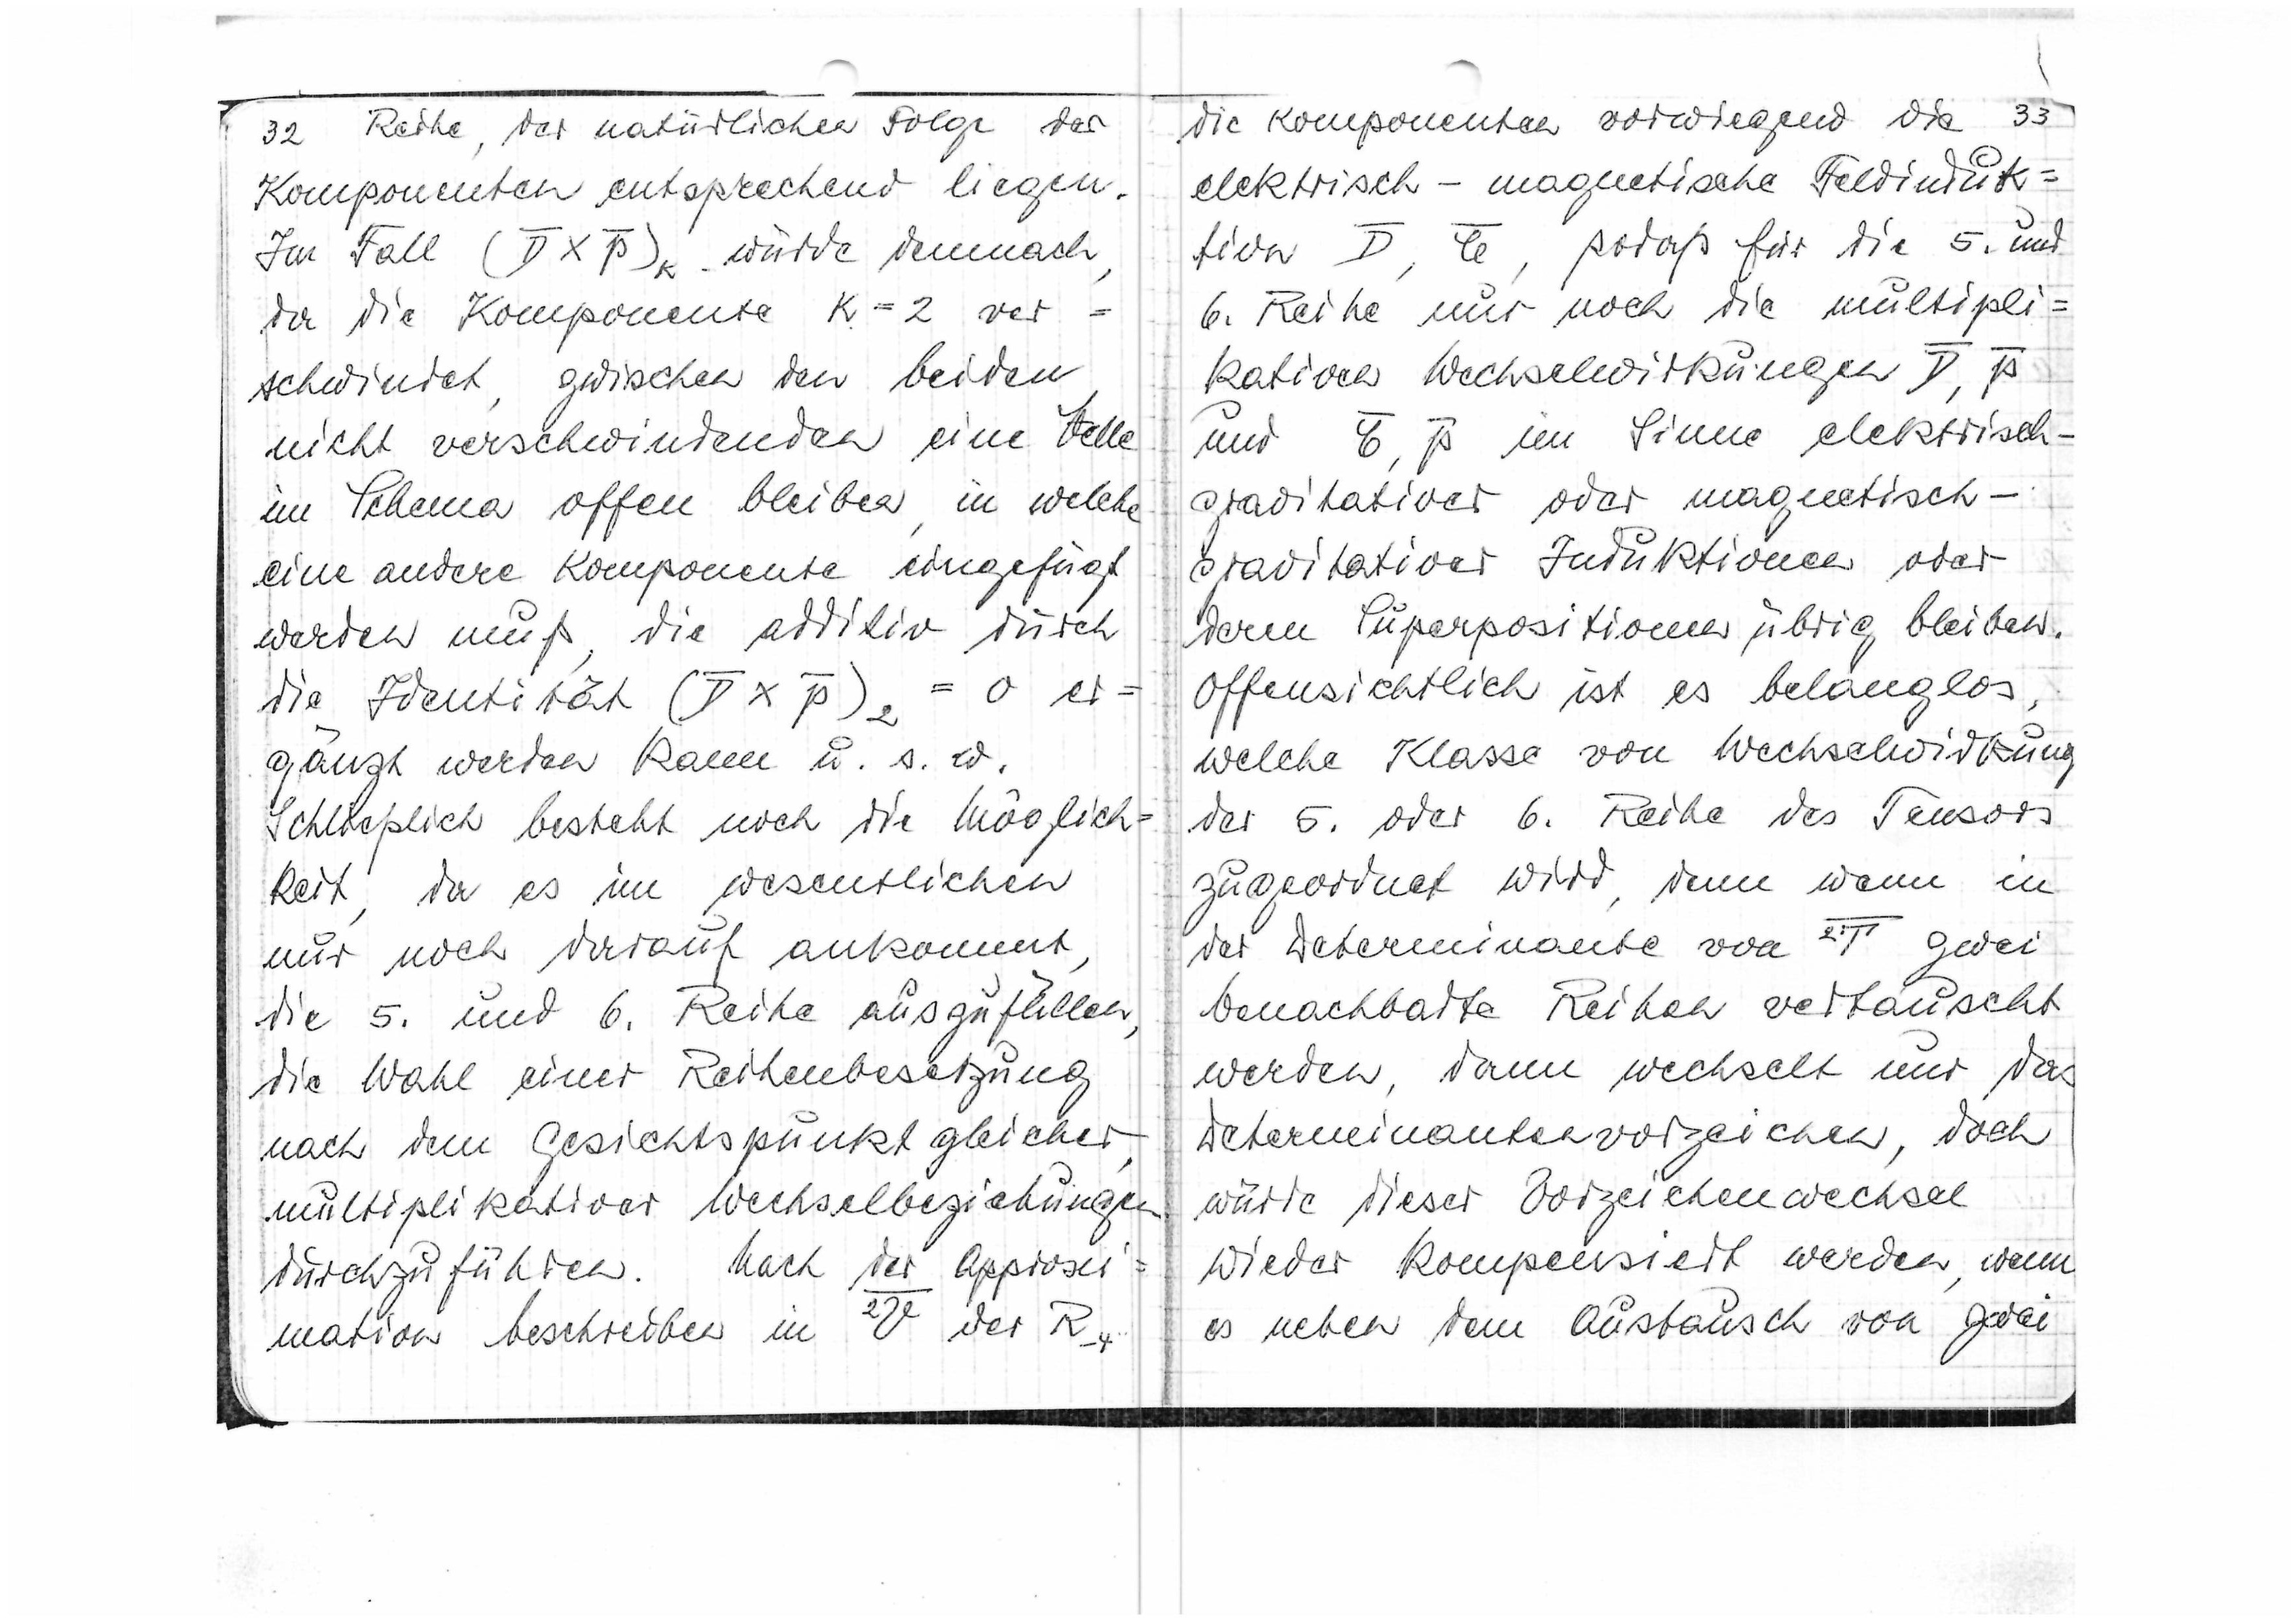
32 Reihe der natürlichen Folge der
Komponenten entsprechend liegen.
Im Fall (Dxp)k würde demnach,
da die Komponente k=2 ver=
schwindet, zwischen den beiden
nicht verschwindenden eine Stelle
im Schema offen bleiben, in welche
eine andere Komponente eingefügt
werden muß, die additiv durch
die Identität (Dxp)2
gänzt werden kann u.s.w.
Schließlich besteht noch die Möglich
keit, da es im wesentlichen
nur noch darauf ankommt,
die 5. und 6. Reihe auszufüllen,
die Wahl einer Reihenbesetzung
nach dem Gesichtspunkt gleicher
multiplikativer Wechselbeziehungen
durchzuführen.
Nach der Approxi
mation beschreiben im
des R4

die Komponenten vorwiegend die 33
elektrisch-magnetische Feldfunk=
tion D, ξ, sodaß für die 5. und
6. Reihe nur noch die multipli=
kationen Wechselwirkungen D,p
und ξ, p im Sinne elektrisch-
gravitativer oder magnetisch-
gravitativer Funktionen oder
deren Superpositionen übrig bleiben.
Offensichtlich ist es belanglos,
welche Klasse von Wechselwirkung
der 5. oder 6. Reihe des Tensors
zugeordnet wird, denn wenn in
der Determinante von 2T zwei
beanchbarte Reihen vertauscht
werden, dann welchst nur das
Determinantenvorzeichen, doch
würde dieser Vorzeichenwechsel
wieder kompensiert werden, wenn
es bene dem Austausch von zwei